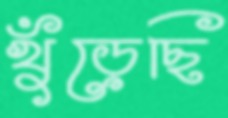
খুঁড়েছি